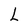
Character: L